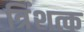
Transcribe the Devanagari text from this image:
त्रिंशत्क